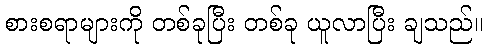
စားစရာများကို တစ်ခုပြီး တစ်ခု ယူလာပြီး ချသည်။